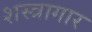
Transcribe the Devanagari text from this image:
शस्‍त्रागार